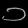
Digit: ၁